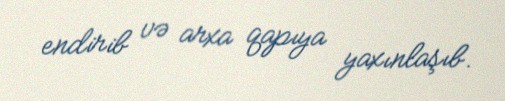
endirib və arxa qapıya yaxınlaşıb.